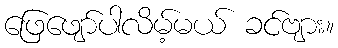
ဖြေဖျော်ပါလိမ့်မယ် ခင်ဗျား။